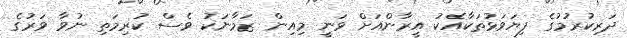
ދަރިކުރުމުގެ ފިޔަވަޅުތަކާއެކު އީރާންއަށް ވަނީ މިއިން ޒަމާނަކު ވެސް ކުރިމަތި ނުވާ ވަރުގެ